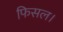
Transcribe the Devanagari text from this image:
फिसल।